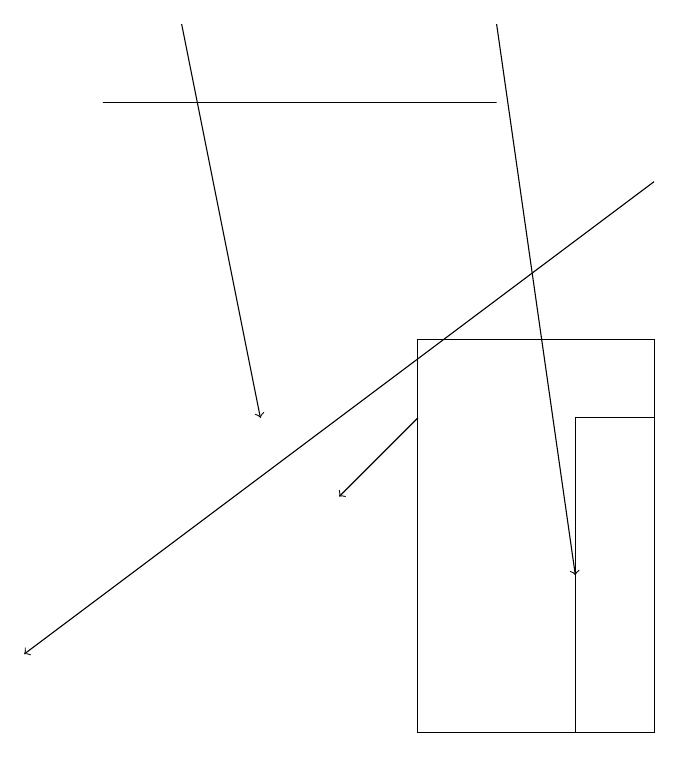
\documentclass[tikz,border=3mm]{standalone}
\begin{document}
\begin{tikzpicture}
\draw (9,14) rectangle (8,10);
\draw[->] (6,14) -- (5,13);
\draw[->] (7,19) -- (8,12);
\draw (6,15) rectangle (9,10);
\draw (7,18) rectangle (2,18);
\draw[->] (9,17) -- (1,11);
\draw[->] (3,19) -- (4,14);
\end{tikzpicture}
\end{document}